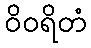
ဝိဝရိတံ